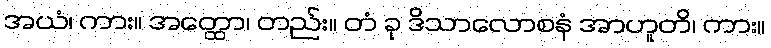
အယံ၊ ကား။ အတ္ထော၊ တည်း။ တံ ခု ဒိသာလောစနံ အာဟူတိ၊ ကား။